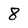
Character: 8